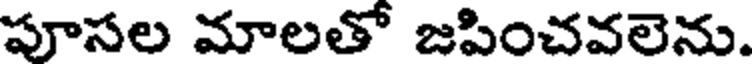
పూసల మాలతో జపించవలెను.